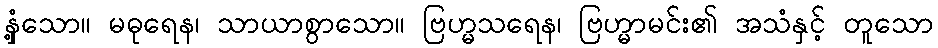
နှံ့သော။ မဓုရေန၊ သာယာစွာသော။ ဗြဟ္မသရေန၊ ဗြဟ္မာမင်း၏ အသံနှင့် တူသော